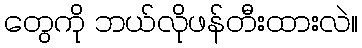
တွေကို ဘယ်လိုဖန်တီးထားလဲ။